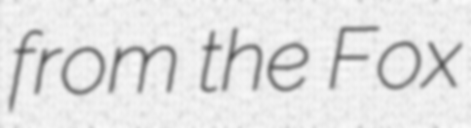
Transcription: from the Fox